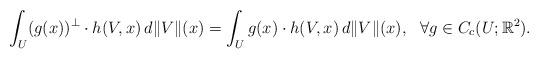
LaTeX: \begin{align*}\int_U (g(x))^{\perp} \cdot h(V,x)\, d\|V\|(x)=\int_U g(x)\cdot h(V,x)\, d\|V\|(x), \ \ \forall g\in C_c(U;{\mathbb R}^2).\end{align*}